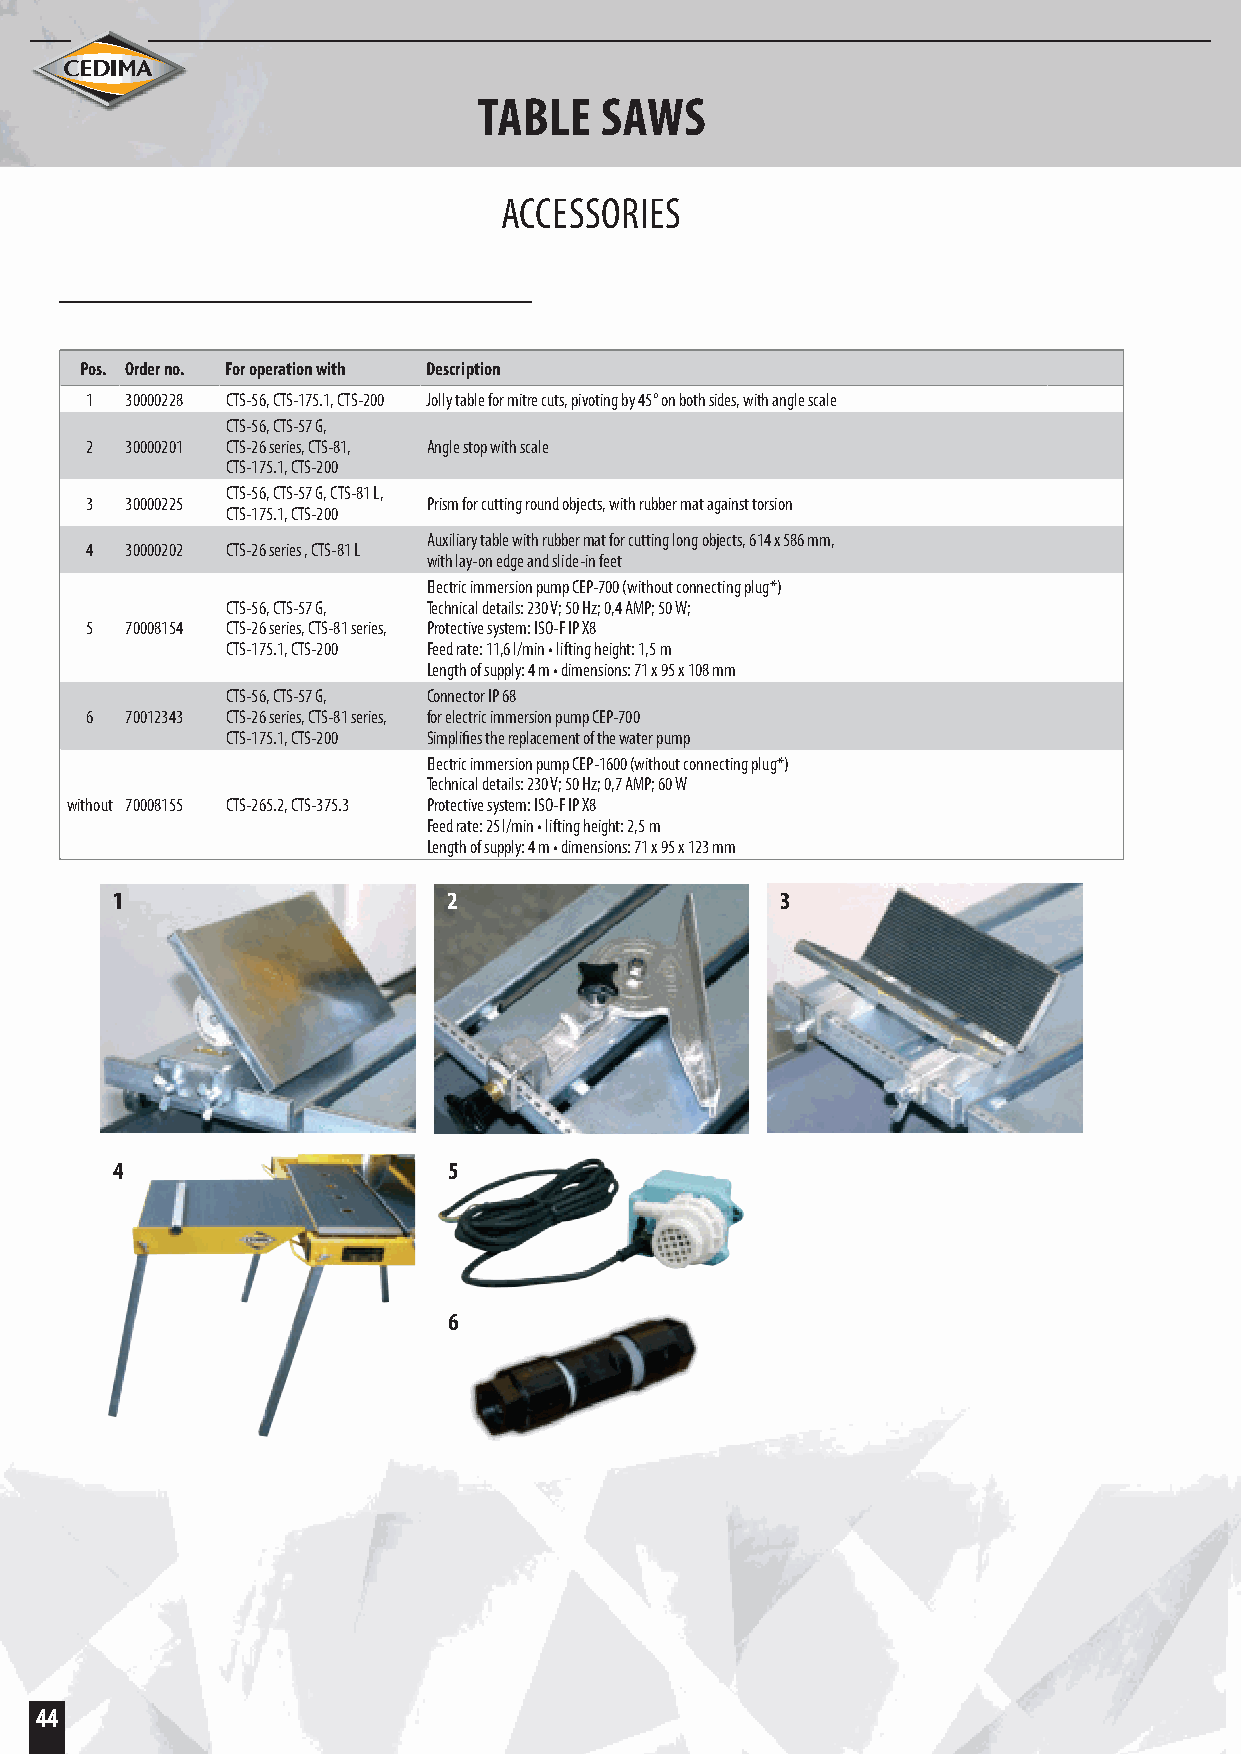
TABLE   SAWS
 ACCESSORIES
 Pos. Order no. For operation with Description
 1 30000228 CTS-56, CTS-175.1, CTS-200 Jolly table for mitre cuts, pivoting by 45° on both sides, with angle scale
 CTS-56, CTS-57 G,
 2 30000201 CTS-26 series, CTS-81, Angle stop with scale
 CTS-175.1, CTS-200
 CTS-56, CTS-57 G, CTS-81 L,
 3 30000225            Prism for cutting round objects, with rubber mat against torsion
 CTS-175.1, CTS-200
 Auxiliary table with rubber mat for cutting long objects, 614 x 586 mm,
 4 30000202 CTS-26 series , CTS-81 L
 with lay-on edge and slide-in feet
 Electric immersion pump CEP-700 (without connecting plug*)
 CTS-56, CTS-57 G, Technical details: 230 V; 50 Hz; 0,4 AMP; 50 W;
 5 70008154 CTS-26 series, CTS-81 series, Protective system: ISO-F IP X8
 CTS-175.1, CTS-200 Feed rate: 11,6 l/min • lifting height: 1,5 m
 Length of supply: 4 m • dimensions: 71 x 95 x 108 mm
 CTS-56, CTS-57 G, Connector IP 68
 6 70012343 CTS-26 series, CTS-81 series, for electric immersion pump CEP-700
 CTS-175.1, CTS-200 Simplifies the replacement of the water pump
 Electric immersion pump CEP-1600 (without connecting plug*)
 Technical details: 230 V; 50 Hz; 0,7 AMP; 60 W
 without 70008155 CTS-265.2, CTS-375.3 Protective system: ISO-F IP X8
 Feed rate: 25 l/min • lifting height: 2,5 m
 Length of supply: 4 m • dimensions: 71 x 95 x 123 mm
 1                      2                     3
 4                      5
 6
 44